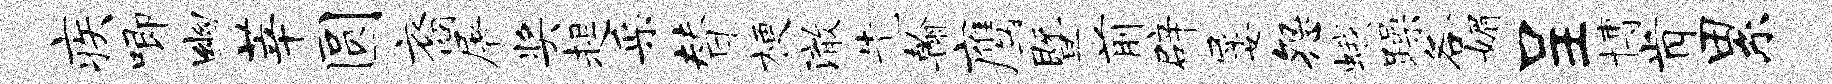
疾唧幽莘圆裔屠奖趄采替梗澈先翰鹰暨前辟屡怨蛾躁各媚呈博肯累